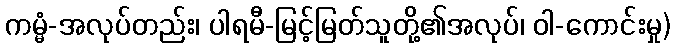
ကမ္မံ-အလုပ်တည်း၊ ပါရမီ-မြင့်မြတ်သူတို့၏အလုပ်၊ ဝါ-ကောင်းမှု)